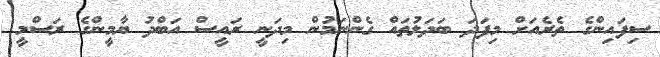
ސިފައިންގެ ތެރެއަށް މިފަދަ ބަދަލުތައް ގެންނަމުން މިދަނީ ރައީސް އަބްދު ޔާމީންގެ ރަސްމީ